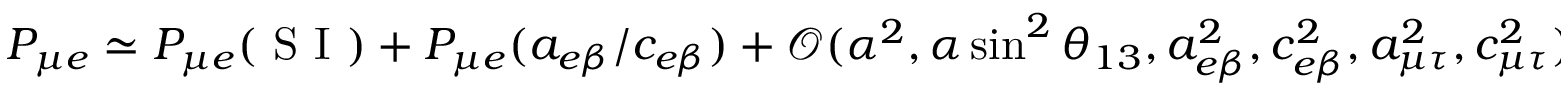
\begin{array} { r } { \centering P _ { \mu e } \simeq P _ { \mu e } ( \mathrm { ~ S ~ I ~ } ) + P _ { \mu e } ( a _ { e \beta } / c _ { e \beta } ) + \mathcal { O } ( \alpha ^ { 2 } , \alpha \sin ^ { 2 } \theta _ { 1 3 } , a _ { e \beta } ^ { 2 } , c _ { e \beta } ^ { 2 } , a _ { \mu \tau } ^ { 2 } , c _ { \mu \tau } ^ { 2 } ) , \, \, \, \, \, \, \, \beta = \mu , \tau . } \end{array}